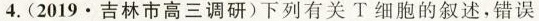
4.(2019·吉林市高三调研)下列有关T细胞的叙述，错误